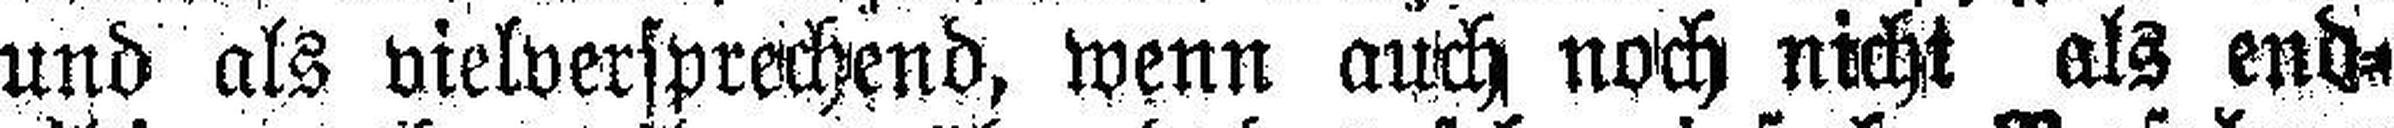
und als vielversprechend, wenn auch noch nicht als end¬